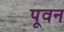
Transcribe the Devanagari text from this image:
पूवन